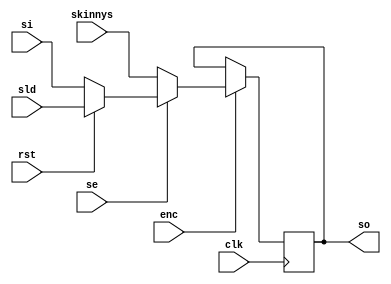
module key_reg (/*AUTOARG*/
   // Outputs
   so,
   // Inputs
   si, skinnys, sld, clk, rst, enc, se
   ) ;
   parameter initial_value = 0;
   parameter width = 32;   
   
   output reg [width-1:0] so;

   input [width-1:0]      si, skinnys, sld;
   input 	     clk, rst, enc, se;

   always @ (posedge clk) begin
	   if (enc) begin
         if (se) so <= rst ? sld : si;
         else so <= skinnys;
      end
		else begin
		   so <= so;
		end
   end
   
endmodule // key_reg_cg